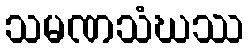
သမဏသံဃဿ